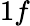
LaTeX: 1f